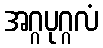
အဂ္ဂပုဂ္ဂလံ